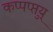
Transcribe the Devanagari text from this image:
कप्पप्प्तुय्